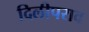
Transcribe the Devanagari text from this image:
दिलीपराव